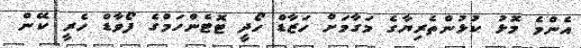
އެންމެ މޮޅު ކުޅުންތެރިޔާގެ މަގާމަށް ހަޒާޑް ހޯދީ ޓޮޓެންހަމްގެ ފޯވާޑް ހެރީ ކޭން